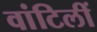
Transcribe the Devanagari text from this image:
वांटिलीं